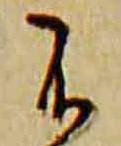
不